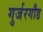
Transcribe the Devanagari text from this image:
गुर्जरगौड